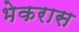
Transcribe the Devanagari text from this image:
भेकरास